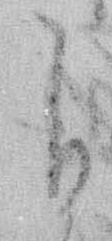
自